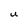
Character: U